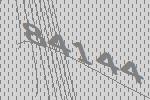
84144